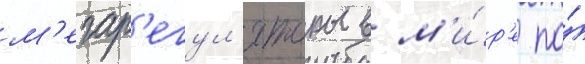
м'егар'егул'яторы в м'и́р'е по́